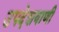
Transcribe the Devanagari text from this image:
उपदेशवाणी